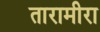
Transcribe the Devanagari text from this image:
तारामीरा